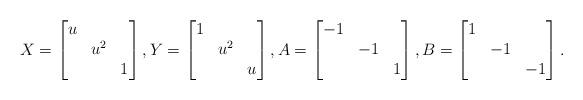
LaTeX: \begin{align*}X = \begin{bmatrix}u\\& u^{2} \\&& 1\end{bmatrix}, Y = \begin{bmatrix}1 \\& u^2 \\&& u \end{bmatrix}, A = \begin{bmatrix} -1\\& -1 \\&& 1\end{bmatrix}, B = \begin{bmatrix} 1\\& -1 \\&& -1\end{bmatrix}.\end{align*}